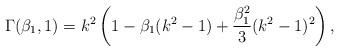
LaTeX: \begin{align*}\Gamma(\beta_1, 1)= k^2 \left(1-\beta_1 (k^2-1)+\frac{\beta_1^2}{3}(k^2-1)^2 \right),\end{align*}